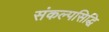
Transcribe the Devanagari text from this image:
संकल्पसिद्धि